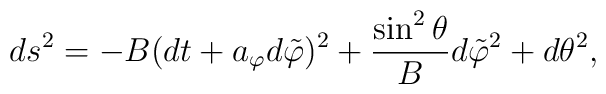
ds^2=-B(dt+a_\varphi d\tilde{\varphi})^2+ {\sin^2\theta \over B}d\tilde{\varphi}^2+d\theta^2,